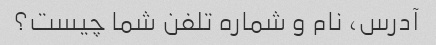
آدرس، نام و شماره تلفن شما چیست؟